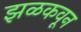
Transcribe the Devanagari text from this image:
झळकवून